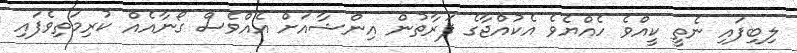
ލިބިފައި ނެތީ ކީއްވެ ހެއްޔެވެ އެކުއްޖާގެ ފަރާތުން އިންޝާއަށް އެއްވެސް ގޯނާއެއް ކުރިމަތިވެފައި